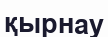
қырнау